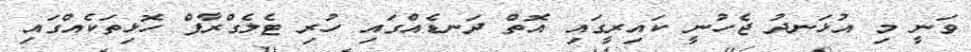
ވަނީ މި އުޅަނދު ޖެހުނީ ކައިރީގައި އޮތް ދަނޑެއްގައި ހުރި ޓެލެގްރާފް ހޮޅިތަކެއްގައި